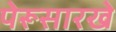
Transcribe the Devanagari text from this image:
पेरूसारखे